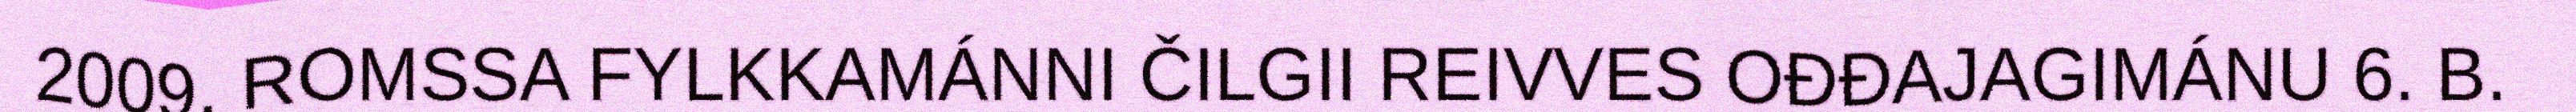
2009. ROMSSA FYLKKAMÁNNI ČILGII REIVVES OĐĐAJAGIMÁNU 6. B.